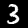
Digit: 3